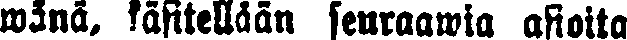
wänä, käsitellään seuraawia asioita